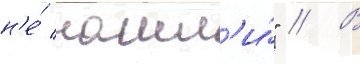
н'е́ нашл'и́" // В